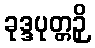
ခုဒ္ဒပုတ္တဉှိ